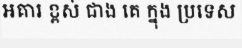
អគារ ខ្ពស់ ជាង គេ ក្នុង ប្រទេស